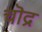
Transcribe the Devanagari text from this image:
चॊद्र